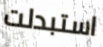
استبدلت